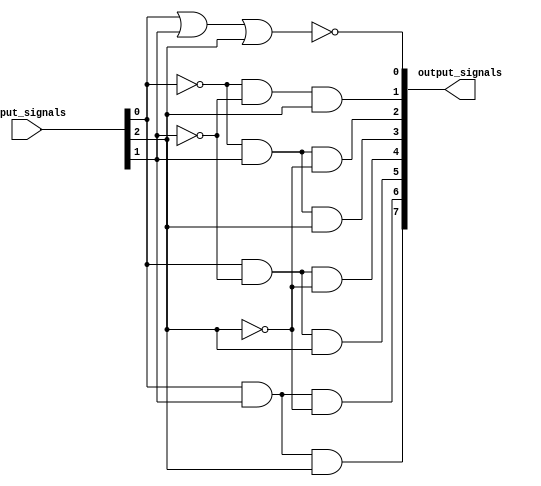
module decoder_3_to_8 (
  input [2:0] input_signals,
  output [7:0] output_signals
);

assign output_signals[0] = ~(input_signals[0] | input_signals[1] | input_signals[2]);
assign output_signals[1] = ~input_signals[0] & ~input_signals[1] & input_signals[2];
assign output_signals[2] = ~input_signals[0] & input_signals[1] & ~input_signals[2];
assign output_signals[3] = ~input_signals[0] & input_signals[1] & input_signals[2];
assign output_signals[4] = input_signals[0] & ~input_signals[1] & ~input_signals[2];
assign output_signals[5] = input_signals[0] & ~input_signals[1] & input_signals[2];
assign output_signals[6] = input_signals[0] & input_signals[1] & ~input_signals[2];
assign output_signals[7] = input_signals[0] & input_signals[1] & input_signals[2];

endmodule